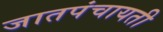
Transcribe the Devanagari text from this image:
जातपंचायती